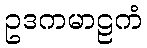
ဥဒကမာဠကံ